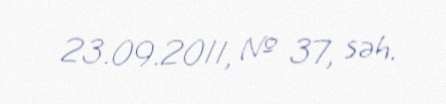
23.09.2011, № 37, səh.